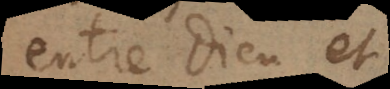
entre Dieu et